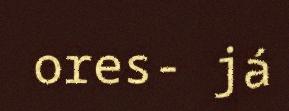
ores- já